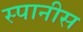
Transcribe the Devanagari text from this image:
स्पानीस